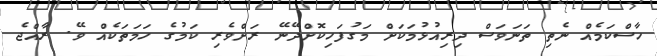
ހާސްކަމެއް ނެތި ތަނަވަސް ދިރިއުޅުމަކަށް މަގުފަހިކޮށްދޭނޭ ރަށްވެރި ކަމުގެ ހަމަތަކެއް ވޭ. ރާއްޖެ